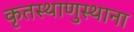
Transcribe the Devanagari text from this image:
कृतस्थाणुस्थाना